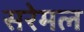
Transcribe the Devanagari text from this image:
सरेमल